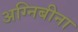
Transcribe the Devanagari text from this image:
अग्निबीना